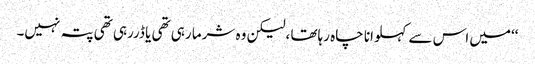
‘‘میں اس سے کہلوانا چاہ رہاتھا ،لیکن وہ شرما رہی تھی یا ڈررہی تھی پتہ نہیں۔